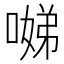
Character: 𱔃